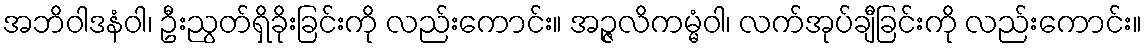
အဘိဝါဒနံဝါ၊ ဦးညွတ်ရှိခိုးခြင်းကို လည်းကောင်း။ အဉ္ဇလိကမ္မံဝါ၊ လက်အုပ်ချီခြင်းကို လည်းကောင်း။